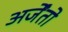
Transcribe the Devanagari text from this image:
अर्जेंतो